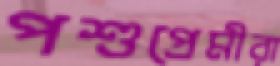
পশুপ্রেমীরা